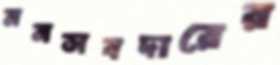
মনসবদারের